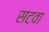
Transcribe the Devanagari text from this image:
सटवा